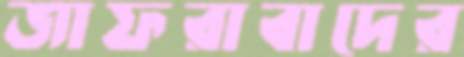
জাফরাবাদের